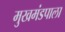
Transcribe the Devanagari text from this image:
मुखमंडपाला